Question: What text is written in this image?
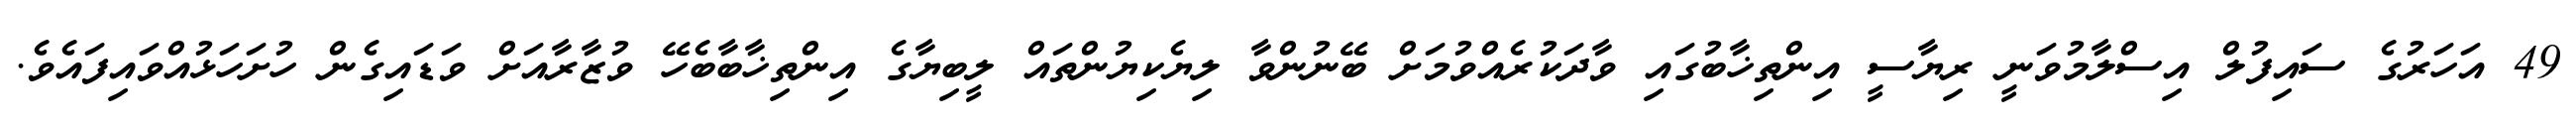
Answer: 49 އަހަރުގެ ސައިފުލް އިސްލާމުވަނީ ރިޔާސީ އިންތިޚާބުގައި ވާދަކުރެއްވުމަށް ބޭނުންވާ ލިޔެކިޔުންތައް ލީބިޔާގެ އިންތިޚާބާބެހޭ ވުޒާރާއަށް ވަޑައިގެން ހުށަހަޅުއްވައިފައެވެ.